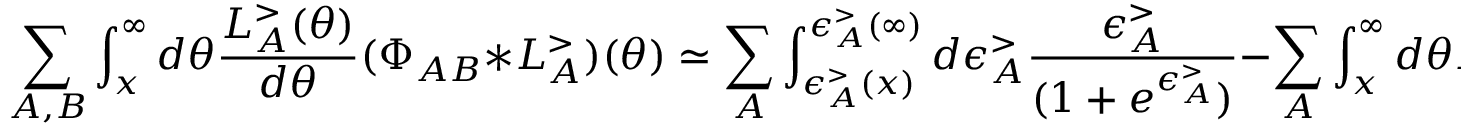
\sum _ { A , B } \int _ { x } ^ { \infty } d \theta \frac { L _ { A } ^ { > } ( \theta ) } { d \theta } ( \Phi _ { A B } * L _ { A } ^ { > } ) ( \theta ) \simeq \sum _ { A } \int _ { \epsilon _ { A } ^ { > } ( x ) } ^ { \epsilon _ { A } ^ { > } ( \infty ) } d \epsilon _ { A } ^ { > } \frac { \epsilon _ { A } ^ { > } } { ( 1 + e ^ { \epsilon _ { A } ^ { > } } ) } - \sum _ { A } \int _ { x } ^ { \infty } d \theta M _ { A } e ^ { \theta } L _ { A } ^ { > } ( \theta ) .